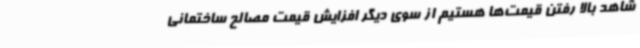
شاهد بالا رفتن قیمت‌ها هستیم از سوی دیگر افزایش قیمت مصالح ساختمانی